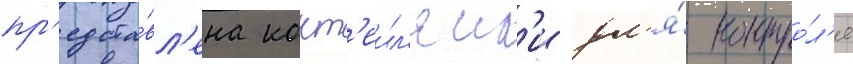
пр'едста́вл'ена кокт'еил'ям'и дл'я́ контро́л'я